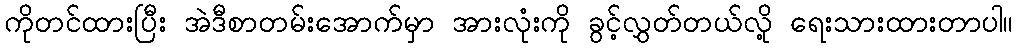
ကိုတင်ထားပြီး အဲဒီစာတမ်းအောက်မှာ အားလုံးကို ခွင့်လွှတ်တယ်လို့ ရေးသားထားတာပါ။